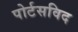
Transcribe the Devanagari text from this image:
पोर्टसविद